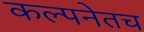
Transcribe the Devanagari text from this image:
कल्पनेतच